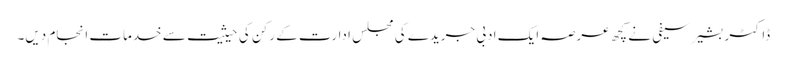
ڈاکٹر بشیر سیفی نے کچھ عرصہ ایک ادبی جریدے کی مجلس ادارت کے رکن کی حیثیت سے خدمات انجام دیں۔